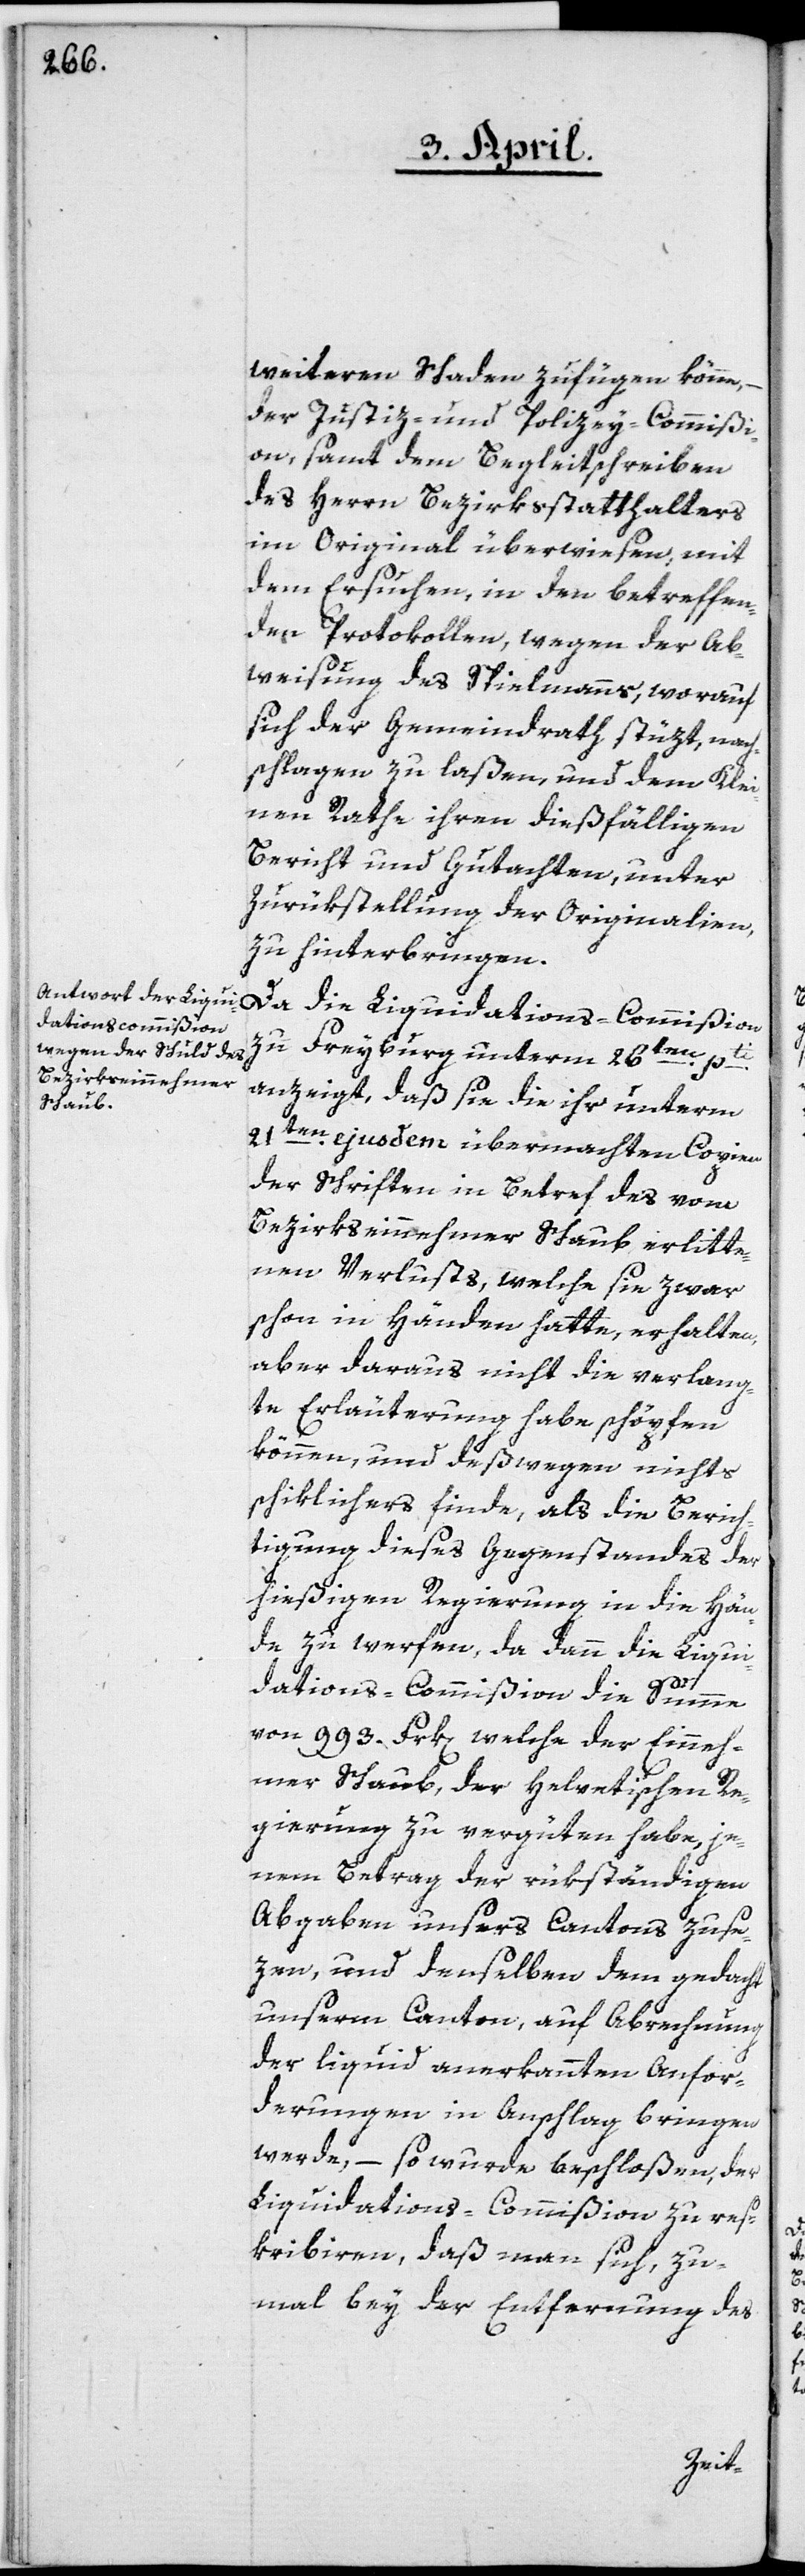
weiteren Schaden zufügen könne, –
der Justiz- und Polzey-Commißi¬
on samt dem Begleitschreiben
des Herrn Bezirksstatthalters
im Original überwiesen, mit
dem Ersuchen, in den betreffen¬
den Protokollen, wegen der Ab¬
weisung des Spielmanns, worauf
sich der Gemeindrath stüzt, nach¬
schlagen zu laßen, und dem Klei¬
nen Rathe ihren dießfälligen
Bericht und Gutachten, unter
Zurükstellung der Originalien
zu hinterbringen.
Da die Liquidations-Commßion
zu Freyburg unterm 26t¬
en pti
anzeigt, daß sie die ihr unterm
21ten ejusdem übermachten Copien
der Schriften in Betref des vom
Bezirkseinnehmer Schaub erlitte¬
nen Verlusts, welche sie zwar
schon in Händen hatte, erhalten,
aber daraus nicht die verlang¬
te Erläuterung habe schöpfen
können, und deßwegen nichts
schiklicher finde, als die Berich¬
tigung dieses Gegenstandes der
hießigen Regierung in die Hän¬
de zu werfen, da dann die Liqui¬
dations-Commißion die Summe
von 993. Frk[en]. welche der Einneh¬
mer Schaub der helvetischen Re¬
gierung zu vergüten habe, je¬
nen Betrag der rükständigen
Abgaben unsers Cantons zuse¬
zen, und denselben dem gedacht
unserm Canton, auf Abrechnung
der liquid anerkannten Anfor¬
derungen in Anschlag bringen
werde, – so wurde beschloßen, der
Liquidations-Commißion zu res¬
kribiren, daß man sich, zu¬
mal bey der Entfernung des